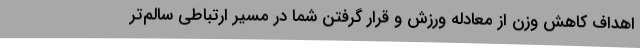
اهداف کاهش وزن از معادله ورزش و قرار گرفتن شما در مسیر ارتباطی سالم‌تر